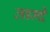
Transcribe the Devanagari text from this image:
तार्म्दे